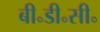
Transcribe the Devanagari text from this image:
बी॰डी॰सी॰